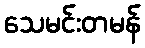
သေမင်းတမန်